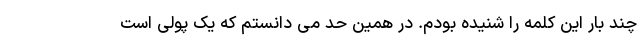
چند بار این کلمه را شنیده بودم. در همین حد می­ دانستم که یک پولی است